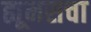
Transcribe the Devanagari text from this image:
ह्यूमसचा